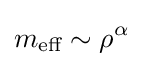
m_{\text{eff}}\sim \rho ^{\alpha }